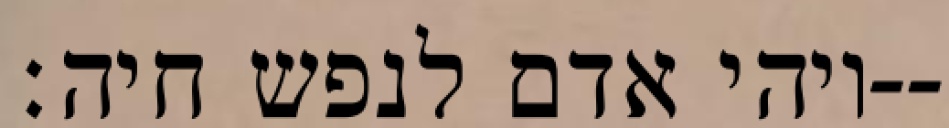
ויהי אדם לנפש חיה׃--